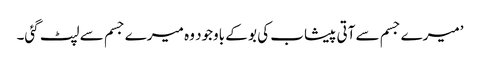
’میرے جسم سے آتی پیشاب کی بو کے باوجود وہ میرے جسم سے لپٹ گئی۔